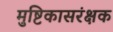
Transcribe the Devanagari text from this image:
मुष्टिकासरंक्षक